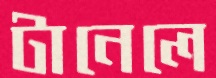
টানেলে